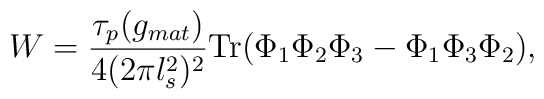
W = \frac{\tau_p(g_{mat})}{4(2\pi l_s^2)^2} {\rm Tr} ( \Phi_1\Phi_2 \Phi_3 - \Phi_1 \Phi_3 \Phi_2),